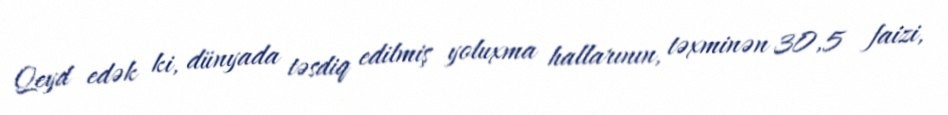
Qeyd edək ki, dünyada təsdiq edilmiş yoluxma hallarının, təxminən 30,5 faizi,